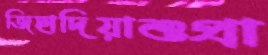
জিহাদিয়াশুপ্রা